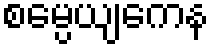
စမ္ပေယျကေန